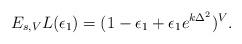
LaTeX: \begin{align*} E_{s,V}L(\epsilon_{1})=(1-\epsilon_{1}+\epsilon_{1}e^{k\Delta^{2}})^{V}.\end{align*}